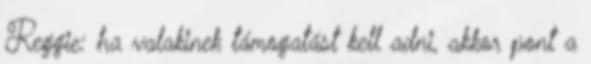
Reggie: ha valakinek támogatást kell adni, akkor pont a